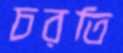
চরতি